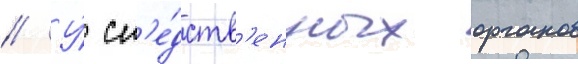
// У́ сл'е́дств'енных органов